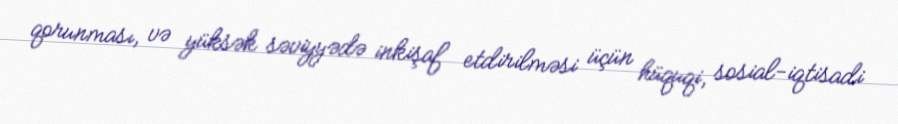
qorunması, və yüksək səviyyədə inkişaf etdirilməsi üçün hüquqi, sosial-iqtisadi